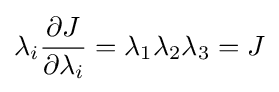
\lambda _{i}{\frac {\partial J}{\partial \lambda _{i}}}=\lambda _{1}\lambda _{2}\lambda _{3}=J